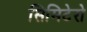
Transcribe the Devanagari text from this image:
सिमिटेरो